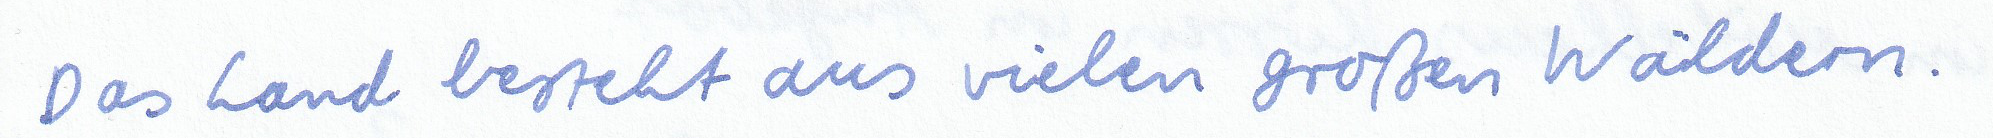
Das Land besteht aus vielen großen Wäldern.